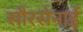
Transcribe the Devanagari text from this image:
सौरसेनाई